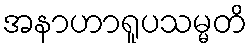
အနာဟာရူပသမ္မတိ